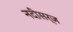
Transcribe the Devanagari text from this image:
नदीसर्ज